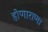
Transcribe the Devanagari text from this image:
होणाराणा